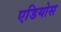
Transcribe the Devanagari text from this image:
एडियोस